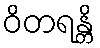
ဝိတရန္တိ